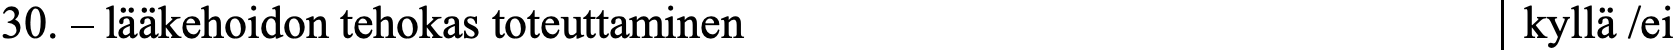
30. – lääkehoidon tehokas toteuttaminen           kyllä /ei